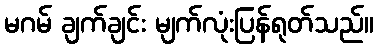
မဂမ် ချက်ချင်း မျက်လုံးပြန်ရုတ်သည်။